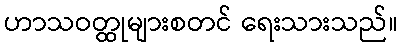
ဟာသဝတ္ထုများစတင် ရေးသားသည်။